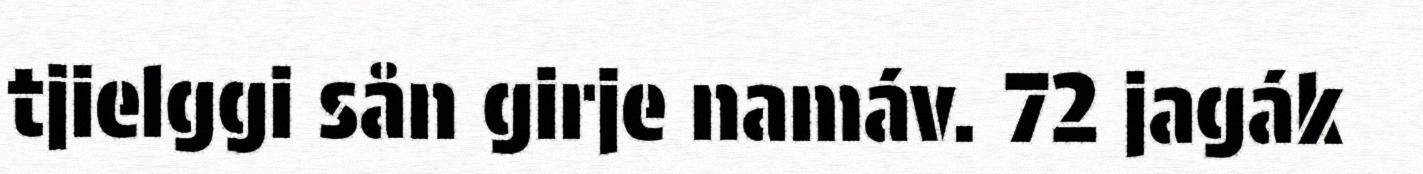
tjielggi sån girje namáv. 72 jagák